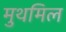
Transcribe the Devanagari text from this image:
मुथमिल